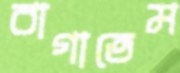
বাগাতেম